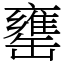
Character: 罋